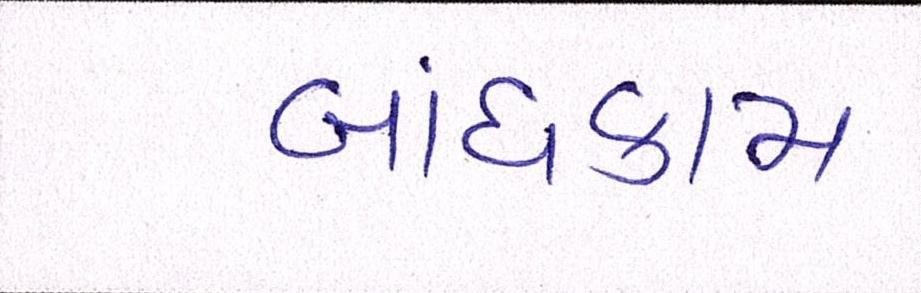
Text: બાંધકામ